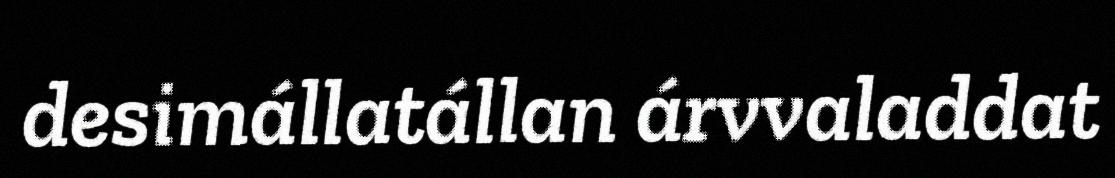
desimállatállan árvvaladdat